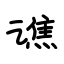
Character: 谯